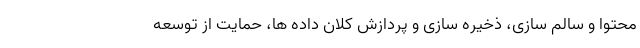
محتوا و سالم سازی، ذخیره سازی و پردازش کلان داده ها، حمایت از توسعه